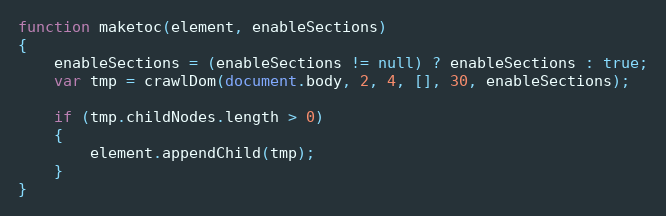
Language: JavaScript
function maketoc(element, enableSections)
{
	enableSections = (enableSections != null) ? enableSections : true;
	var tmp = crawlDom(document.body, 2, 4, [], 30, enableSections);

	if (tmp.childNodes.length > 0)
	{
		element.appendChild(tmp);
	}
}